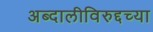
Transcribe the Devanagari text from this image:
अब्दालीविरुद्दच्या